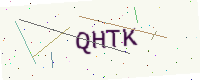
Text: QHTK